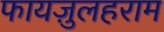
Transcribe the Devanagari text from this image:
फायज़ुलहराम